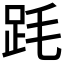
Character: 𣭻